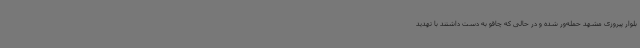
بلوار پیروزی مشهد حمله‌ور شده و در حالی که چاقو به دست داشتند با تهدید